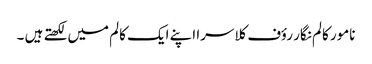
نامور کالم نگار رؤف کلاسرا اپنے ایک کالم میں لکھتے ہیں ۔